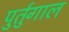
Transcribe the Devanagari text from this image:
पुर्तुगाल